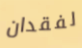
لفقدان